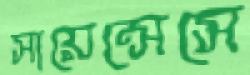
সায়েন্সেসে